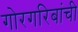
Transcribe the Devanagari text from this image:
गोरगरिबांची